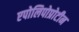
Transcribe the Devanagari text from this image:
एपोलिपोप्रोटीन